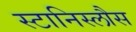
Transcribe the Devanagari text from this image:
स्टानिस्लौस